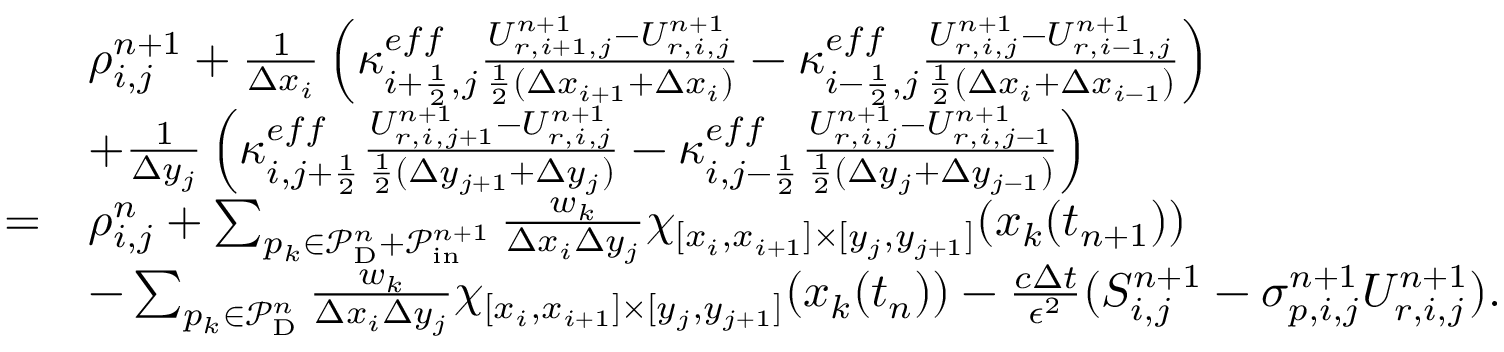
\begin{array} { r l } & { \rho _ { i , j } ^ { n + 1 } + \frac { 1 } { \Delta x _ { i } } \left( \kappa _ { i + \frac 1 2 , j } ^ { e f f } \frac { U _ { r , i + 1 , j } ^ { n + 1 } - U _ { r , i , j } ^ { n + 1 } } { \frac 1 2 ( \Delta x _ { i + 1 } + \Delta x _ { i } ) } - \kappa _ { i - \frac 1 2 , j } ^ { e f f } \frac { U _ { r , i , j } ^ { n + 1 } - U _ { r , i - 1 , j } ^ { n + 1 } } { \frac 1 2 ( \Delta x _ { i } + \Delta x _ { i - 1 } ) } \right) } \\ & { + \frac { 1 } { \Delta y _ { j } } \left( \kappa _ { i , j + \frac 1 2 } ^ { e f f } \frac { U _ { r , i , j + 1 } ^ { n + 1 } - U _ { r , i , j } ^ { n + 1 } } { \frac 1 2 ( \Delta y _ { j + 1 } + \Delta y _ { j } ) } - \kappa _ { i , j - \frac 1 2 } ^ { e f f } \frac { U _ { r , i , j } ^ { n + 1 } - U _ { r , i , j - 1 } ^ { n + 1 } } { \frac 1 2 ( \Delta y _ { j } + \Delta y _ { j - 1 } ) } \right) } \\ { = } & { \rho _ { i , j } ^ { n } + \sum _ { p _ { k } \in \mathcal { P } _ { \mathrm { D } } ^ { n } + \mathcal { P } _ { \mathrm { i n } } ^ { n + 1 } } \frac { w _ { k } } { \Delta x _ { i } \Delta y _ { j } } \chi _ { [ x _ { i } , x _ { i + 1 } ] \times [ y _ { j } , y _ { j + 1 } ] } ( \boldsymbol { x } _ { k } ( t _ { n + 1 } ) ) } \\ & { - \sum _ { p _ { k } \in \mathcal { P } _ { \mathrm { D } } ^ { n } } \frac { w _ { k } } { \Delta x _ { i } \Delta y _ { j } } \chi _ { [ x _ { i } , x _ { i + 1 } ] \times [ y _ { j } , y _ { j + 1 } ] } ( \boldsymbol { x } _ { k } ( t _ { n } ) ) - \frac { c \Delta t } { \epsilon ^ { 2 } } ( S _ { i , j } ^ { n + 1 } - \sigma _ { p , i , j } ^ { n + 1 } U _ { r , i , j } ^ { n + 1 } ) . } \end{array}